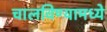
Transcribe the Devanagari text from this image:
चालविण्यामध्ये